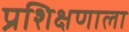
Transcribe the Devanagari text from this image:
प्रशिक्षणाला